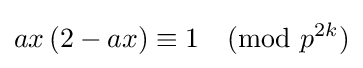
ax\left(2-ax\right)\equiv 1{\pmod {p^{2k}}}